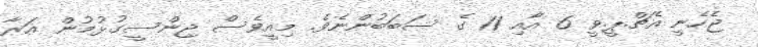
ޖެހެނީ އެޗް.ޕީ.ވީ 6 އާއި 11 ގެ ސަބަބުންނެވެ. މިއީވެސް ޖިންސީގުޅުމުން އަރާ